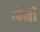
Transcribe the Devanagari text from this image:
नेबी